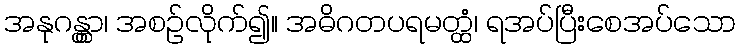
အနုဂန္တွာ၊ အစဉ်လိုက်၍။ အဓိဂတပရမတ္ထံ၊ ရအပ်ပြီးစေအပ်သော